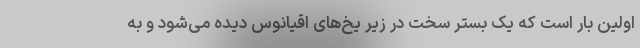
اولین بار است که یک بستر سخت در زیر یخ‌های اقیانوس دیده می‌شود و به